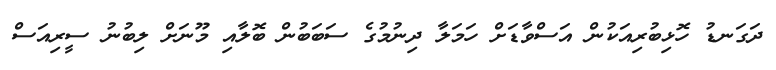
ދަގަނޑު ހޮޅިބުރިއަކުން އަސްވާޑަށް ހަމަލާ ދިނުމުގެ ސަބަބުން ބޮލާއި މޫނަށް ލިބުނު ސީރިއަސް